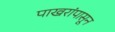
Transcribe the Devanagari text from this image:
पाखरांपासून